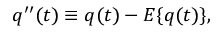
q ^ { \prime \prime } ( t ) \equiv q ( t ) - E \{ q ( t ) \} ,